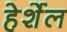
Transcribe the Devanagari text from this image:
हेर्शेल